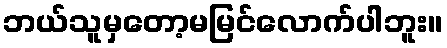
ဘယ်သူမှတော့မမြင်လောက်ပါဘူး။